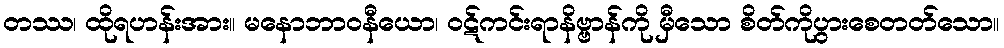
တဿ၊ ထိုရဟန်းအား။ မနောဘာဝနီယော၊ ဝဋ်ကင်းရာနိဗ္ဗာန်ကို မှီသော စိတ်ကိုပွားစေတတ်သော။